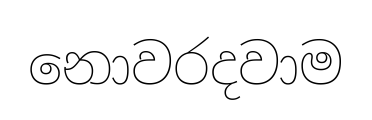
නොවරදවාම